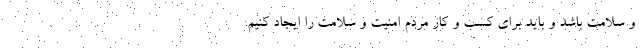
و سلامت باشد و باید برای کسب و کار مردم امنیت و سلامت را ایجاد کنیم.